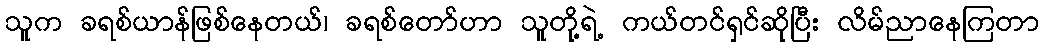
သူက ခရစ်ယာန်ဖြစ်နေတယ်၊ ခရစ်တော်ဟာ သူတို့ရဲ့ ကယ်တင်ရှင်ဆိုပြီး လိမ်ညာနေကြတာ